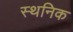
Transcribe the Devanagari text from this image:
स्थनिक